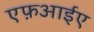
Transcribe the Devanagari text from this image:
एफ़आईए